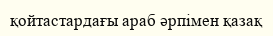
қойтастардағы араб әрпімен қазақ